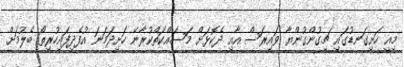
މިއީ ހަށިގަނޑުގައި ޗިގުންގުންޔާ ވައިރަސް އާއި ދެކޮޅަށް މަސައްކަތްކުރާނޭ ހަށިދަމަނަ އުފެދިފައިހުރިތޯ ބެލުމަށް